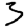
Digit: 3